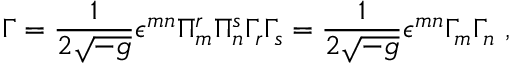
\Gamma = \frac { 1 } { 2 \sqrt { - g } } \epsilon ^ { m n } \Pi _ { m } ^ { r } \Pi _ { n } ^ { s } \Gamma _ { r } \Gamma _ { s } = \frac { 1 } { 2 \sqrt { - g } } \epsilon ^ { m n } \Gamma _ { m } \Gamma _ { n } ~ ,